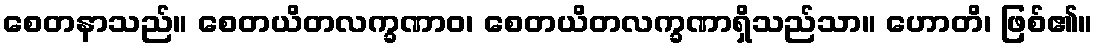
စေတနာသည်။ စေတယိတလက္ခဏာဝ၊ စေတယိတလက္ခဏာရှိသည်သာ။ ဟောတိ၊ ဖြစ်၏။